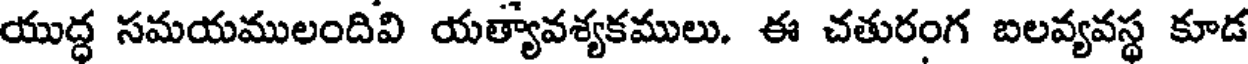
యుద్ధ సమయములందివి యత్యావశ్యకములు. ఈ చతురంగ బలవ్యవస్థ కూడ